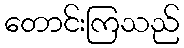
တောင်းကြသည်